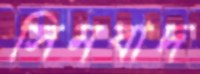
সিনবাদ